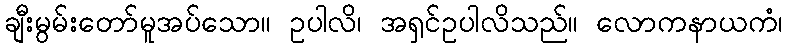
ချီးမွမ်းတော်မူအပ်သော။ ဥပါလိ၊ အရှင်ဥပါလိသည်။ လောကနာယကံ၊